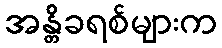
အန္တိခရစ်များက